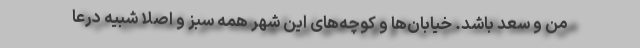
من و سعد باشد. خیابان‌ها و کوچه‌های این شهر همه سبز و اصلاً شبیه درعا